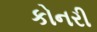
કોનરી